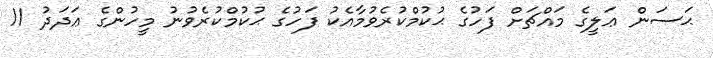
ޙަސަން ޢަލީގެ މައްޗަށް ފަހުގެ ޙުކުމްކުރެވުމާއެކު ފަހުގެ ޙުކުމްކުރެވުނު މީހުންގެ ޢަދަދު 11